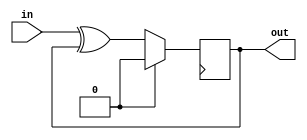
module xor_gate_delay(
    input wire in,
    output reg out
);

always @ (posedge clk) begin
    if (reset) begin
        out <= 0;
    end else begin
        #delay out <= in ^ out;
    end
end

endmodule